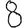
Digit: 8